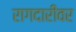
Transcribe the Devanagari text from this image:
रागदारींवर